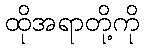
ထိုအရာတို့ကို